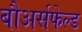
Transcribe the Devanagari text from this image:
बौअर्सफेल्ड